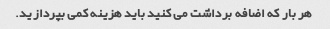
هر بار که اضافه برداشت می کنید باید هزینه کمی بپردازید.